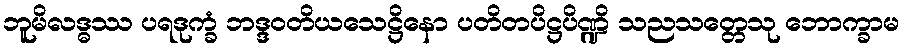
ဘူမိလဒ္ဓဿ ပရဒုက္ခံ ဘဒ္ဒဝတိယသေဋ္ဌိနော ပတိတပိဋ္ဌပိဏ္ဍိ သညသတ္တေသု ဘောက္ခာမ